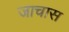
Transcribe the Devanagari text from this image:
जाचास